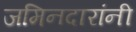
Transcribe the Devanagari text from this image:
जमिनदारांनी